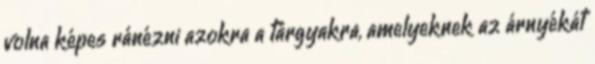
volna képes ránézni azokra a tárgyakra, amelyeknek az árnyékát